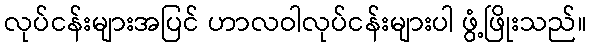
လုပ်ငန်းများအပြင် ဟာလဝါလုပ်ငန်းများပါ ဖွံ့ဖြိုးသည်။